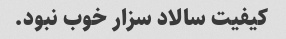
کیفیت سالاد سزار خوب نبود.